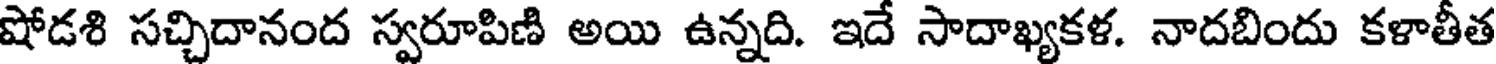
షోడశి సచ్చిదానంద స్వరూపిణి అయి ఉన్నది. ఇదే సాదాఖ్యకళ. నాదబిందు కళాతీత